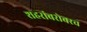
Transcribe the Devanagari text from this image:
शहरांबरोबरच